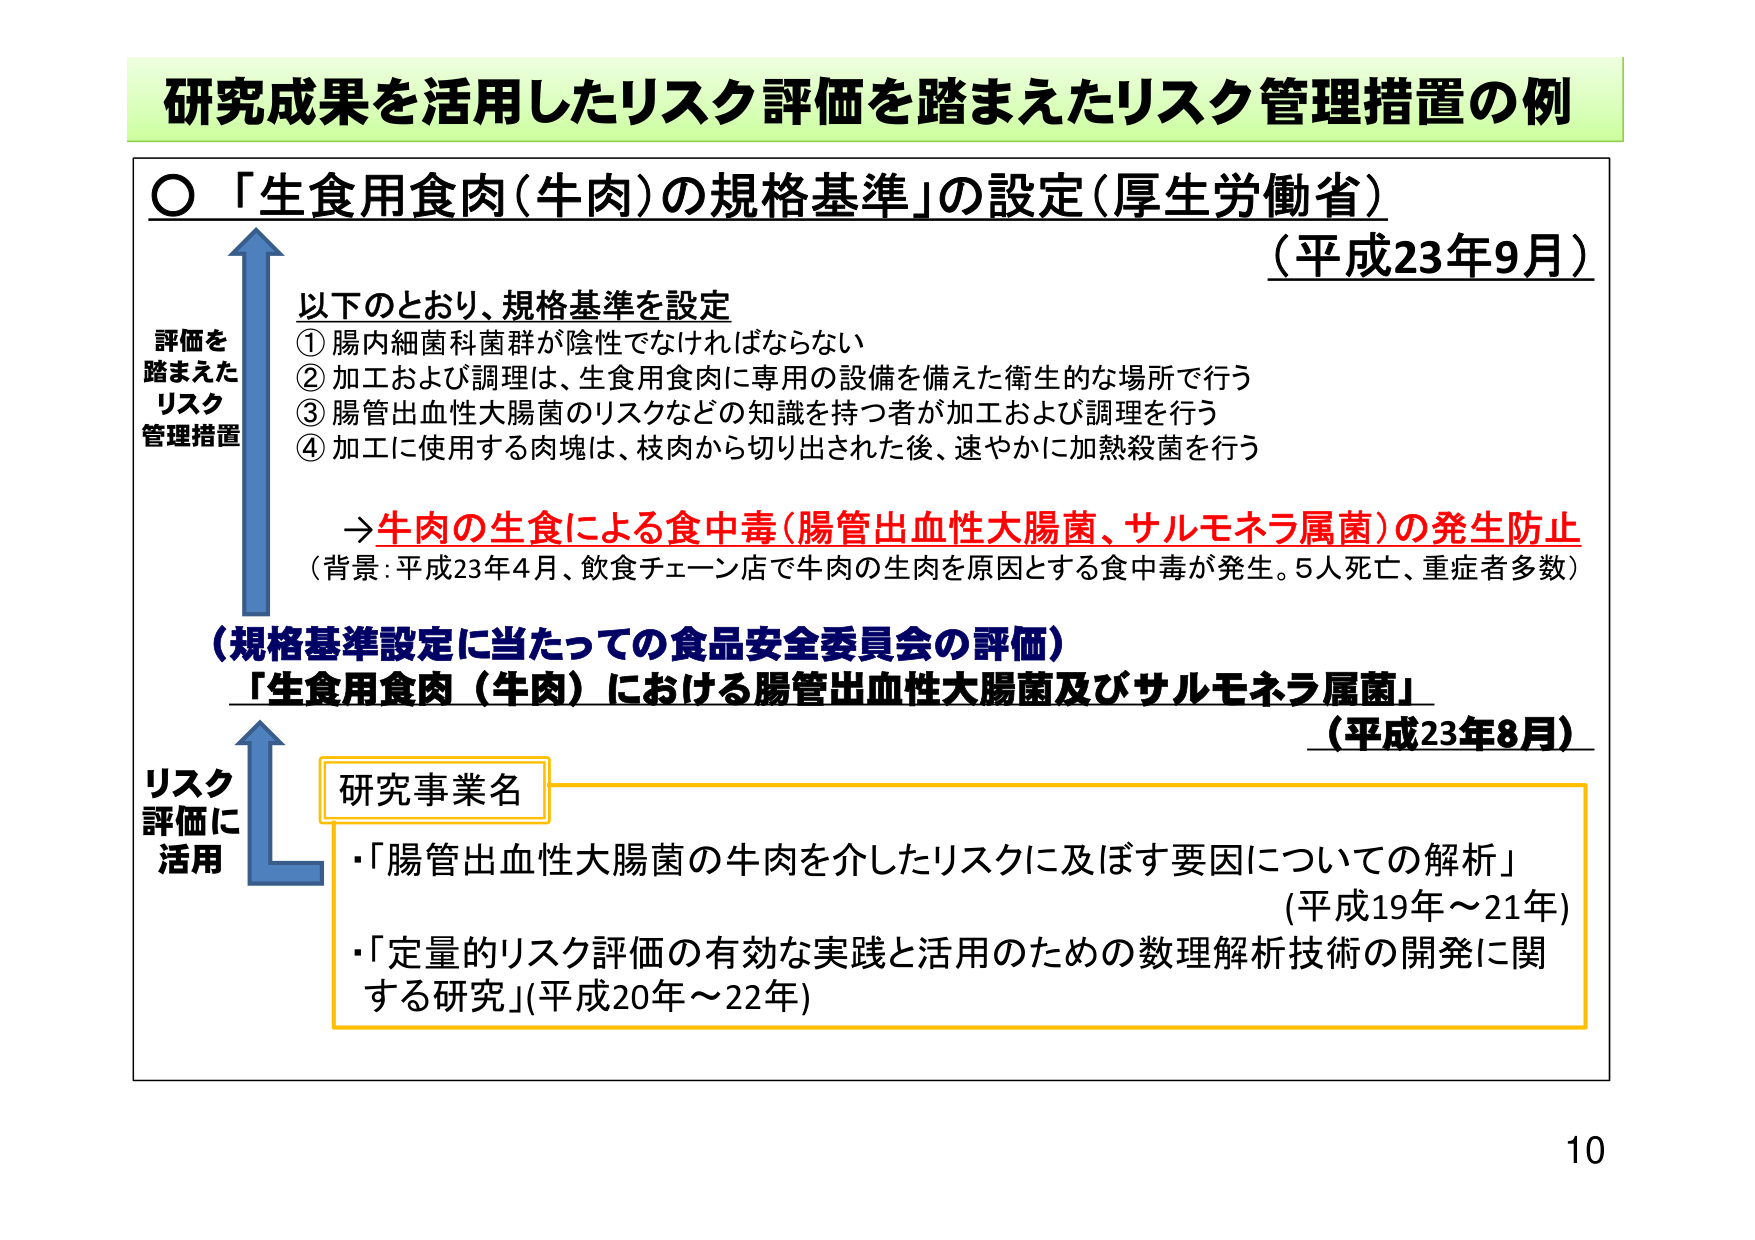
研究成果を活用したリスク評価を踏まえたリスク管理措置の例

〇「生食用食肉（牛肉）の規格基準」の設定（厚生労働省）
（平成23年9月）

評価を
踏まえた
リスク
管理措置

以下のとおり、規格基準を設定
① 腸内細菌科菌群が陰性でなければならない
② 加工および調理は、生食用食肉に専用の設備を備えた衛生的な場所で行う
③ 腸管出血性大腸菌のリスクなどの知識を持つ者が加工および調理を行う
④ 加工に使用する肉塊は、枝肉から切り出された後、速やかに加熱殺菌を行う

→牛肉の生食による食中毒（腸管出血性大腸菌、サルモネラ属菌）の発生防止
（背景：平成23年4月、飲食チェーン店で牛肉の生肉を原因とする食中毒が発生。5人死亡、重症者多数）

（規格基準設定に当たっての食品安全委員会の評価）
「生食用食肉（牛肉）における腸管出血性大腸菌及びサルモネラ属菌」
（平成23年8月）

リスク
評価に
活用

研究事業名
・「腸管出血性大腸菌の牛肉を介したリスクに及ぼす要因についての解析」
（平成19年～21年）
・「定量的リスク評価の有効な実践と活用のための数理解析技術の開発に関する研究」（平成20年～22年）

10